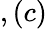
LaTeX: ,(c)